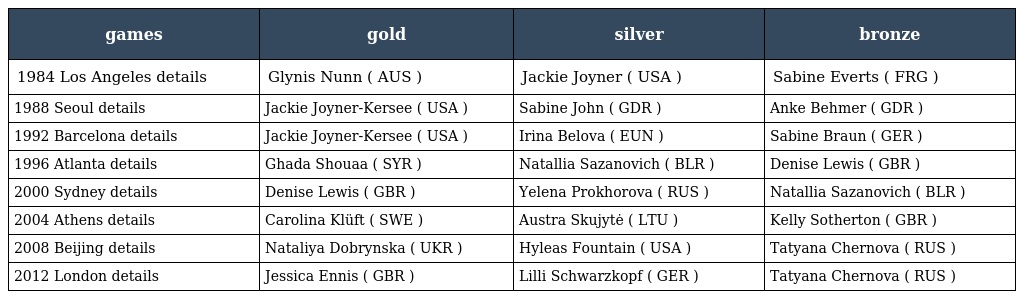
| games | gold | silver | bronze |
 | --- | --- | --- | --- |
 | 1984 Los Angeles details | Glynis Nunn ( AUS ) | Jackie Joyner ( USA ) | Sabine Everts ( FRG ) |
 | 1988 Seoul details | Jackie Joyner-Kersee ( USA ) | Sabine John ( GDR ) | Anke Behmer ( GDR ) |
 | 1992 Barcelona details | Jackie Joyner-Kersee ( USA ) | Irina Belova ( EUN ) | Sabine Braun ( GER ) |
 | 1996 Atlanta details | Ghada Shouaa ( SYR ) | Natallia Sazanovich ( BLR ) | Denise Lewis ( GBR ) |
 | 2000 Sydney details | Denise Lewis ( GBR ) | Yelena Prokhorova ( RUS ) | Natallia Sazanovich ( BLR ) |
 | 2004 Athens details | Carolina Klüft ( SWE ) | Austra Skujytė ( LTU ) | Kelly Sotherton ( GBR ) |
 | 2008 Beijing details | Nataliya Dobrynska ( UKR ) | Hyleas Fountain ( USA ) | Tatyana Chernova ( RUS ) |
 | 2012 London details | Jessica Ennis ( GBR ) | Lilli Schwarzkopf ( GER ) | Tatyana Chernova ( RUS ) |